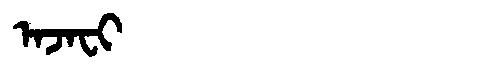
Manchu: ᠠᠵᠠᠸᡳ
Romanization: AJAFI